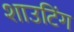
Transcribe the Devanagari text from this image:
शाउटिंग